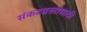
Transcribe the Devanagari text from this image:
संकटग्रस्तांसाठी